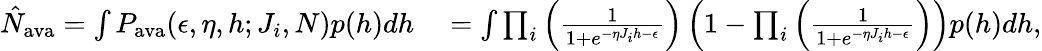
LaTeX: \begin{array}{rl}{\hat{N}_{\textrm{ava}}=\int P_{\textrm{ava}}(\epsilon,\eta,h;J_{i},N)p(h)dh}&{{}=\int\prod_{i}\left(\frac{1}{1+e^{-\eta J_{i}h-\epsilon}}\right)\left(1-\prod_{i}\left(\frac{1}{1+e^{-\eta J_{i}h-\epsilon}}\right)\right)p(h)dh,}\end{array}